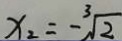
x _ { 2 } = - \sqrt [ 3 ] { 2 }